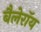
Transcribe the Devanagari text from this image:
बैलेरॉय